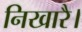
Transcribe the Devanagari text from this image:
निखारै।